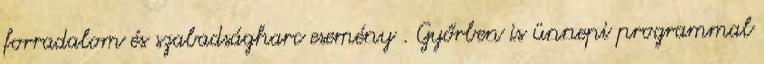
forradalom és szabadságharc esemény . Győrben is ünnepi programmal